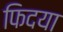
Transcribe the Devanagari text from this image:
फिदया